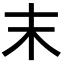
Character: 末